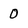
Character: O